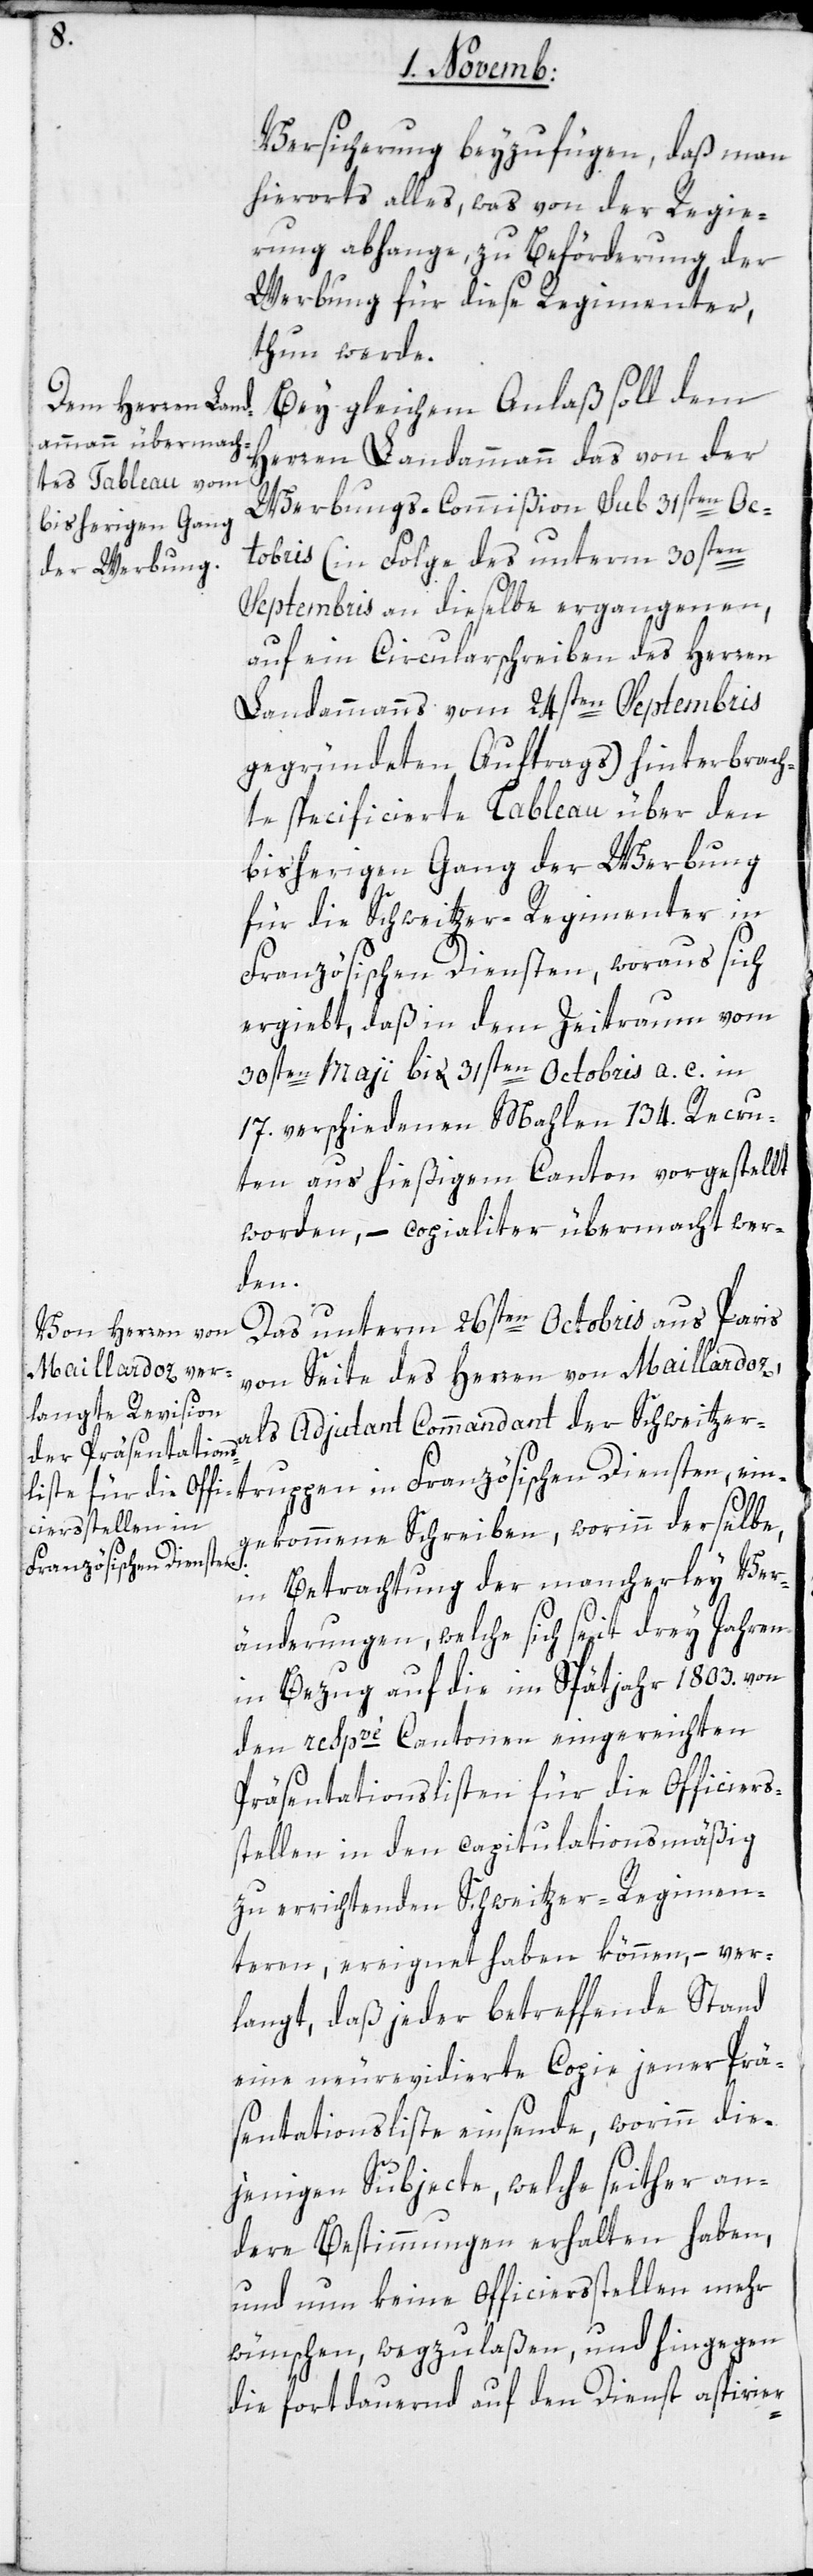
Versicherung beizufügen, daß man
hierorts alles, was von der Regie¬
rung abhange, zu Beförderung der
Werbung für diese Regimenter,
thun werde.
Bei gleichem Anlaß soll dem
Herren Landammann das von der
Werbungs-Commißion sub 31sten Oc¬
tobris (in Folge des unterm 30sten
Septembris an dieselbe ergangenen,
auf ein Circularschreiben des Herren
Landammann vom 24sten Septembris
gegründeten Auftrags) hinterbrach¬
te specificierte Tableau über den
bisherigen Gang der Werbung
für die Schweitzer-Regimenter in
Französischen Diensten, woraus sich
ergiebt, daß in dem Zeitraum vom
30sten Mai bis 31sten Octobris a. c. in
17. verschiedenen Malen 134. Recru¬
ten aus hießigem Canton vorgestellt
worden, – copialiter übermacht wer¬
den.
Das unterm 26sten Octobris aus Paris
von Seite des Herren von Maillardoz,
als Adjudant Commandant der Schweitzer¬
truppen in Französischen Diensten, ein¬
gekommene Schreiben, worinn derselbe,
in Betrachtung der mancherley Ver¬
änderungen, welche sich seit drey Jahren
in Bezug auf die im Spätjahr 1803. von
den respvè Cantonen eingereichten
Präsentationslisten für die Officiers¬
stellen in den capitulationsmäßig
zu errichtenden Schweitzer-Regimen¬
teren, ereignet haben können, – ver¬
langt, daß jeder betreffende Stand
eine neurevidierte Copie jener Prä¬
sentationsliste einsende, worinn die¬
jenigen Subjecte, welche seither an¬
dere Bestimmungen erhalten haben,
und nun keine Officiersstellen mehr
wünschen, wegzulaßen, und hingegen
die fortdauernd auf den Dienst aspirier-